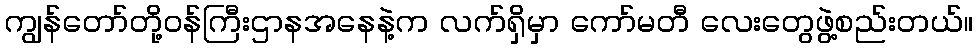
ကျွန်တော်တို့ဝန်ကြီးဌာနအနေနဲ့က လက်ရှိမှာ ကော်မတီ လေးတွေဖွဲ့စည်းတယ်။